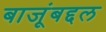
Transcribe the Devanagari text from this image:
बाजूंबद्दल